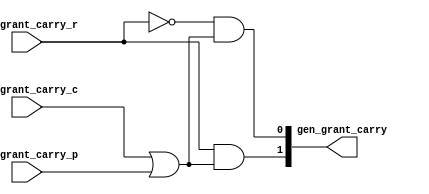
//
// Generated by Bluespec Compiler, version 2015.04.beta3 (build 34447, 2015-04-15)
//
// On Wed Apr 22 16:56:35 EDT 2020
//
//
// Ports:
// Name                         I/O  size props
// gen_grant_carry                O     2
// gen_grant_carry_c              I     1
// gen_grant_carry_r              I     1
// gen_grant_carry_p              I     1
//
// Combinational paths from inputs to outputs:
//   (gen_grant_carry_c, gen_grant_carry_r, gen_grant_carry_p) -> gen_grant_carry
//
//

`ifdef BSV_ASSIGNMENT_DELAY
`else
  `define BSV_ASSIGNMENT_DELAY
`endif

`ifdef BSV_POSITIVE_RESET
  `define BSV_RESET_VALUE 1'b1
  `define BSV_RESET_EDGE posedge
`else
  `define BSV_RESET_VALUE 1'b0
  `define BSV_RESET_EDGE negedge
`endif

module module_gen_grant_carry(gen_grant_carry_c,
			      gen_grant_carry_r,
			      gen_grant_carry_p,
			      gen_grant_carry);
  // value method gen_grant_carry
  input  gen_grant_carry_c;
  input  gen_grant_carry_r;
  input  gen_grant_carry_p;
  output [1 : 0] gen_grant_carry;

  // signals for module outputs
  wire [1 : 0] gen_grant_carry;

  // value method gen_grant_carry
  assign gen_grant_carry =
	     { gen_grant_carry_r && (gen_grant_carry_c || gen_grant_carry_p),
	       !gen_grant_carry_r &&
	       (gen_grant_carry_c || gen_grant_carry_p) } ;
endmodule  // module_gen_grant_carry